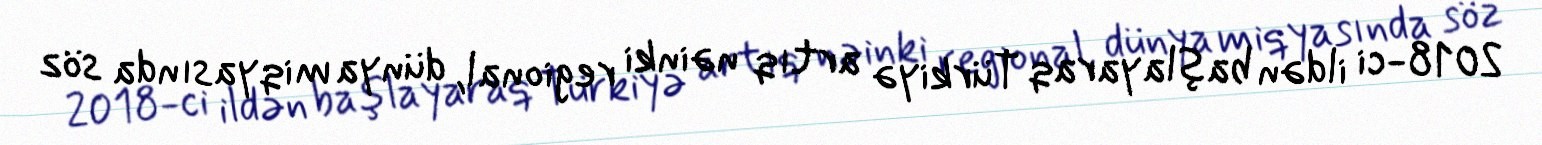
2018-ci ildən başlayaraq Türkiyə artıq nəinki regional, dünya miqyasında söz